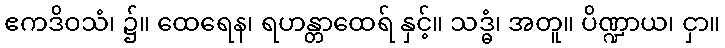
ဧကဒိဝသံ၊ ၌။ ထေရေန၊ ရဟန္တာထေရ် နှင့်။ သဒ္ဓံ၊ အတူ။ ပိဏ္ဍာယ၊ ငှာ။